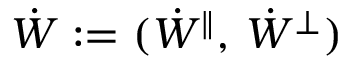
\dot { \boldsymbol W } : = ( \dot { W } ^ { \| } , \, \dot { W } ^ { \perp } )